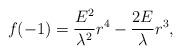
LaTeX: \begin{align*}f(-1)= \frac{E^2}{\lambda^2}r^4 - \frac{2E}{\lambda}r^3 ,\end{align*}